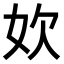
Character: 𫰑